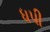
ધપી